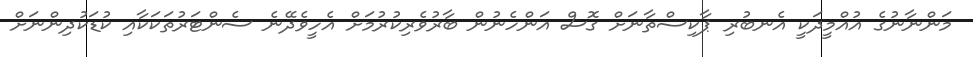
މަންނާނުގެ އުއްމީދަކީ އެނބުރި ޕާކިސްތާނަށް ގޮސް އަންހެނުން ބާރުވެރިކުރުމަށް އެހީވެދޭނެ ސެންޓަރުތަކަކާއި ކުޑަކުދިންނަށް